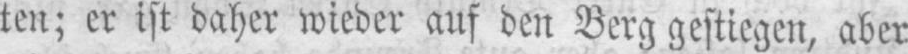
ten; er ist daher wieder auf den Berg gestiegen, aber